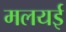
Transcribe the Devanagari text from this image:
मलयई